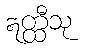
ဣတ္ထီသု